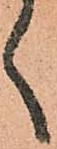
く